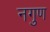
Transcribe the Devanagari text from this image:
नगुण